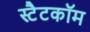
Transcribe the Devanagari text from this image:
स्टैटकॉम